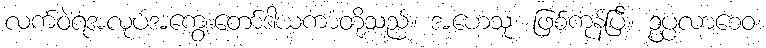
လက်ဝဲရံအလုပ်အကျွေးတော်ဒါယကာတို့သည်။ အဟေသုံ၊ ဖြစ်ကုန်ပြီ။ ဥပ္ပလာစေဝ၊